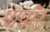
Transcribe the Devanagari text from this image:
पापॉर